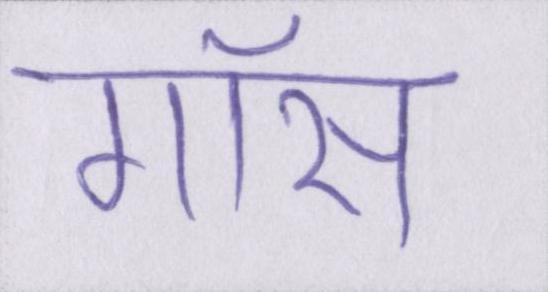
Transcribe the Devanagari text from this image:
गॉस